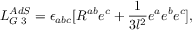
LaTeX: L _ { G \; 3 } ^ { A d S } = \epsilon _ { a b c } [ R ^ { a b } e ^ { c } + \frac { 1 } { 3 l ^ { 2 } } e ^ { a } e ^ { b } e ^ { c } ] ,